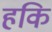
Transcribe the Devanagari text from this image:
हकि